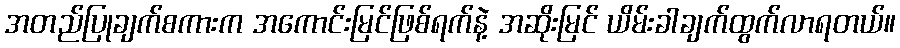
အတည်ပြုချက်စကားက အကောင်းမြင်ဖြစ်ရက်နဲ့ အဆိုးမြင် ယိမ်းခါချက်ထွက်လာရတယ်။